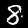
Label: 8